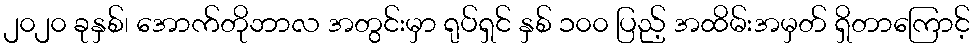
၂၀၂၀ ခုနှစ်၊ အောက်တိုဘာလ အတွင်းမှာ ရုပ်ရှင် နှစ် ၁၀၀ ပြည့် အထိမ်းအမှတ် ရှိတာကြောင့်